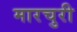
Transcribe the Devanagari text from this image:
मारचुरी